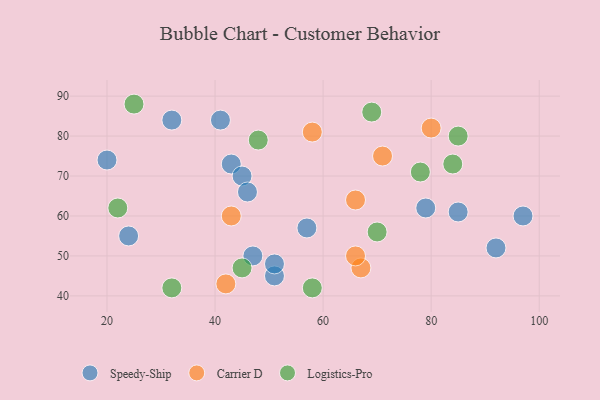
{"axis": {"x": "GDP", "y": "Life Expectancy"}, "legend": ["Carrier D", "Logistics-Pro", "Speedy-Ship"], "data": [{"x": "57", "y": 57, "type": "Speedy-Ship"}, {"x": "43", "y": 73, "type": "Speedy-Ship"}, {"x": "24", "y": 55, "type": "Speedy-Ship"}, {"x": "51", "y": 45, "type": "Speedy-Ship"}, {"x": "45", "y": 70, "type": "Speedy-Ship"}, {"x": "20", "y": 74, "type": "Speedy-Ship"}, {"x": "46", "y": 66, "type": "Speedy-Ship"}, {"x": "92", "y": 52, "type": "Speedy-Ship"}, {"x": "51", "y": 48, "type": "Speedy-Ship"}, {"x": "97", "y": 60, "type": "Speedy-Ship"}, {"x": "79", "y": 62, "type": "Speedy-Ship"}, {"x": "85", "y": 61, "type": "Speedy-Ship"}, {"x": "32", "y": 84, "type": "Speedy-Ship"}, {"x": "41", "y": 84, "type": "Speedy-Ship"}, {"x": "47", "y": 50, "type": "Speedy-Ship"}, {"x": "58", "y": 81, "type": "Carrier D"}, {"x": "67", "y": 47, "type": "Carrier D"}, {"x": "43", "y": 60, "type": "Carrier D"}, {"x": "80", "y": 82, "type": "Carrier D"}, {"x": "42", "y": 43, "type": "Carrier D"}, {"x": "66", "y": 50, "type": "Carrier D"}, {"x": "71", "y": 75, "type": "Carrier D"}, {"x": "66", "y": 64, "type": "Carrier D"}, {"x": "32", "y": 42, "type": "Logistics-Pro"}, {"x": "85", "y": 80, "type": "Logistics-Pro"}, {"x": "78", "y": 71, "type": "Logistics-Pro"}, {"x": "25", "y": 88, "type": "Logistics-Pro"}, {"x": "48", "y": 79, "type": "Logistics-Pro"}, {"x": "45", "y": 47, "type": "Logistics-Pro"}, {"x": "69", "y": 86, "type": "Logistics-Pro"}, {"x": "70", "y": 56, "type": "Logistics-Pro"}, {"x": "22", "y": 62, "type": "Logistics-Pro"}, {"x": "84", "y": 73, "type": "Logistics-Pro"}, {"x": "58", "y": 42, "type": "Logistics-Pro"}]}